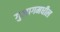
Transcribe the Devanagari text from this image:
गुलागमधील